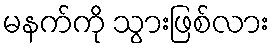
မနက်ကို သွားဖြစ်လား